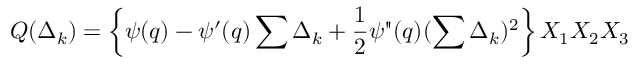
{ \cal Q } ( \Delta _ { k } ) = \left\{ \psi ( q ) - \psi ^ { \prime } ( q ) \sum \Delta _ { k } + \frac { 1 } { 2 } \psi " ( q ) ( \sum \Delta _ { k } ) ^ { 2 } \right\} X _ { 1 } X _ { 2 } X _ { 3 }